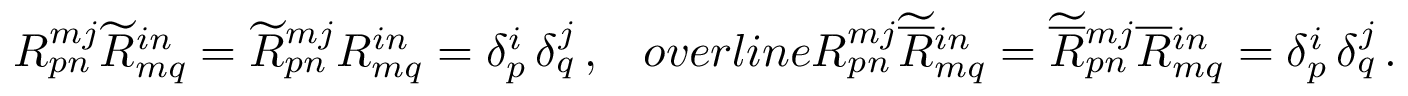
R _ { p n } ^ { m j } \widetilde { R } _ { m q } ^ { i n } = \widetilde { R } _ { p n } ^ { m j } R _ { m q } ^ { i n } = \delta _ { p } ^ { i } \, \delta _ { q } ^ { j } \, , \ \ \, o v e r l i n e { R } { } _ { p n } ^ { m j } \widetilde { \overline { { { R } } } } { } _ { m q } ^ { i n } = \widetilde { \overline { { { R } } } } { } _ { p n } ^ { m j } \overline { { { R } } } { } _ { m q } ^ { i n } = \delta _ { p } ^ { i } \, \delta _ { q } ^ { j } \, .